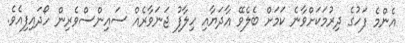
އެންމެ ފަހުގެ ދިރުމަކަށްވާނެ ކަމަށް ބެލެވޭ އާދަޔާއި ހިލާފު ޖަނަވާރެއް ސައިންސްވެރިން ހޯދައިފިއެވެ.